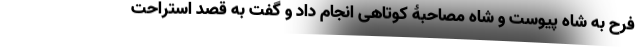
فرح به شاه پیوست و شاه مصاحبۀ کوتاهی انجام داد و گفت به قصد استراحت